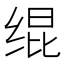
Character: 绲